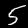
Digit: 5